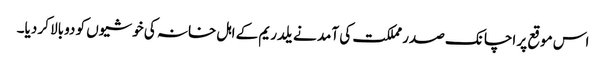
اس موقع پر اچانک صدر مملکت کی آمد نے یلدریم کے اہل خانہ کی خوشیوں کو دوبالا کر دیا۔